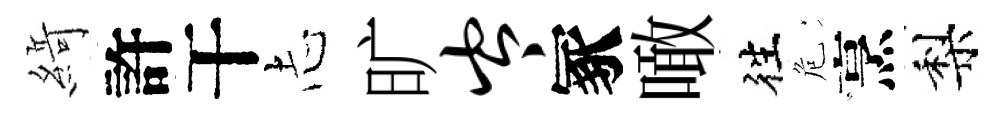
𦂶許干𢖽旷岑冢噉徃危烹梨